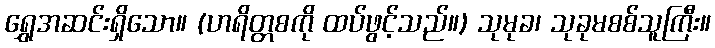
ရွှေအဆင်းရှိသော။ (ဟရိတ္တစကို ထပ်ဖွင့်သည်။) သုမုခ၊ သုခုမစစ်သူကြီး။